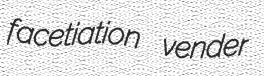
facetiation vender